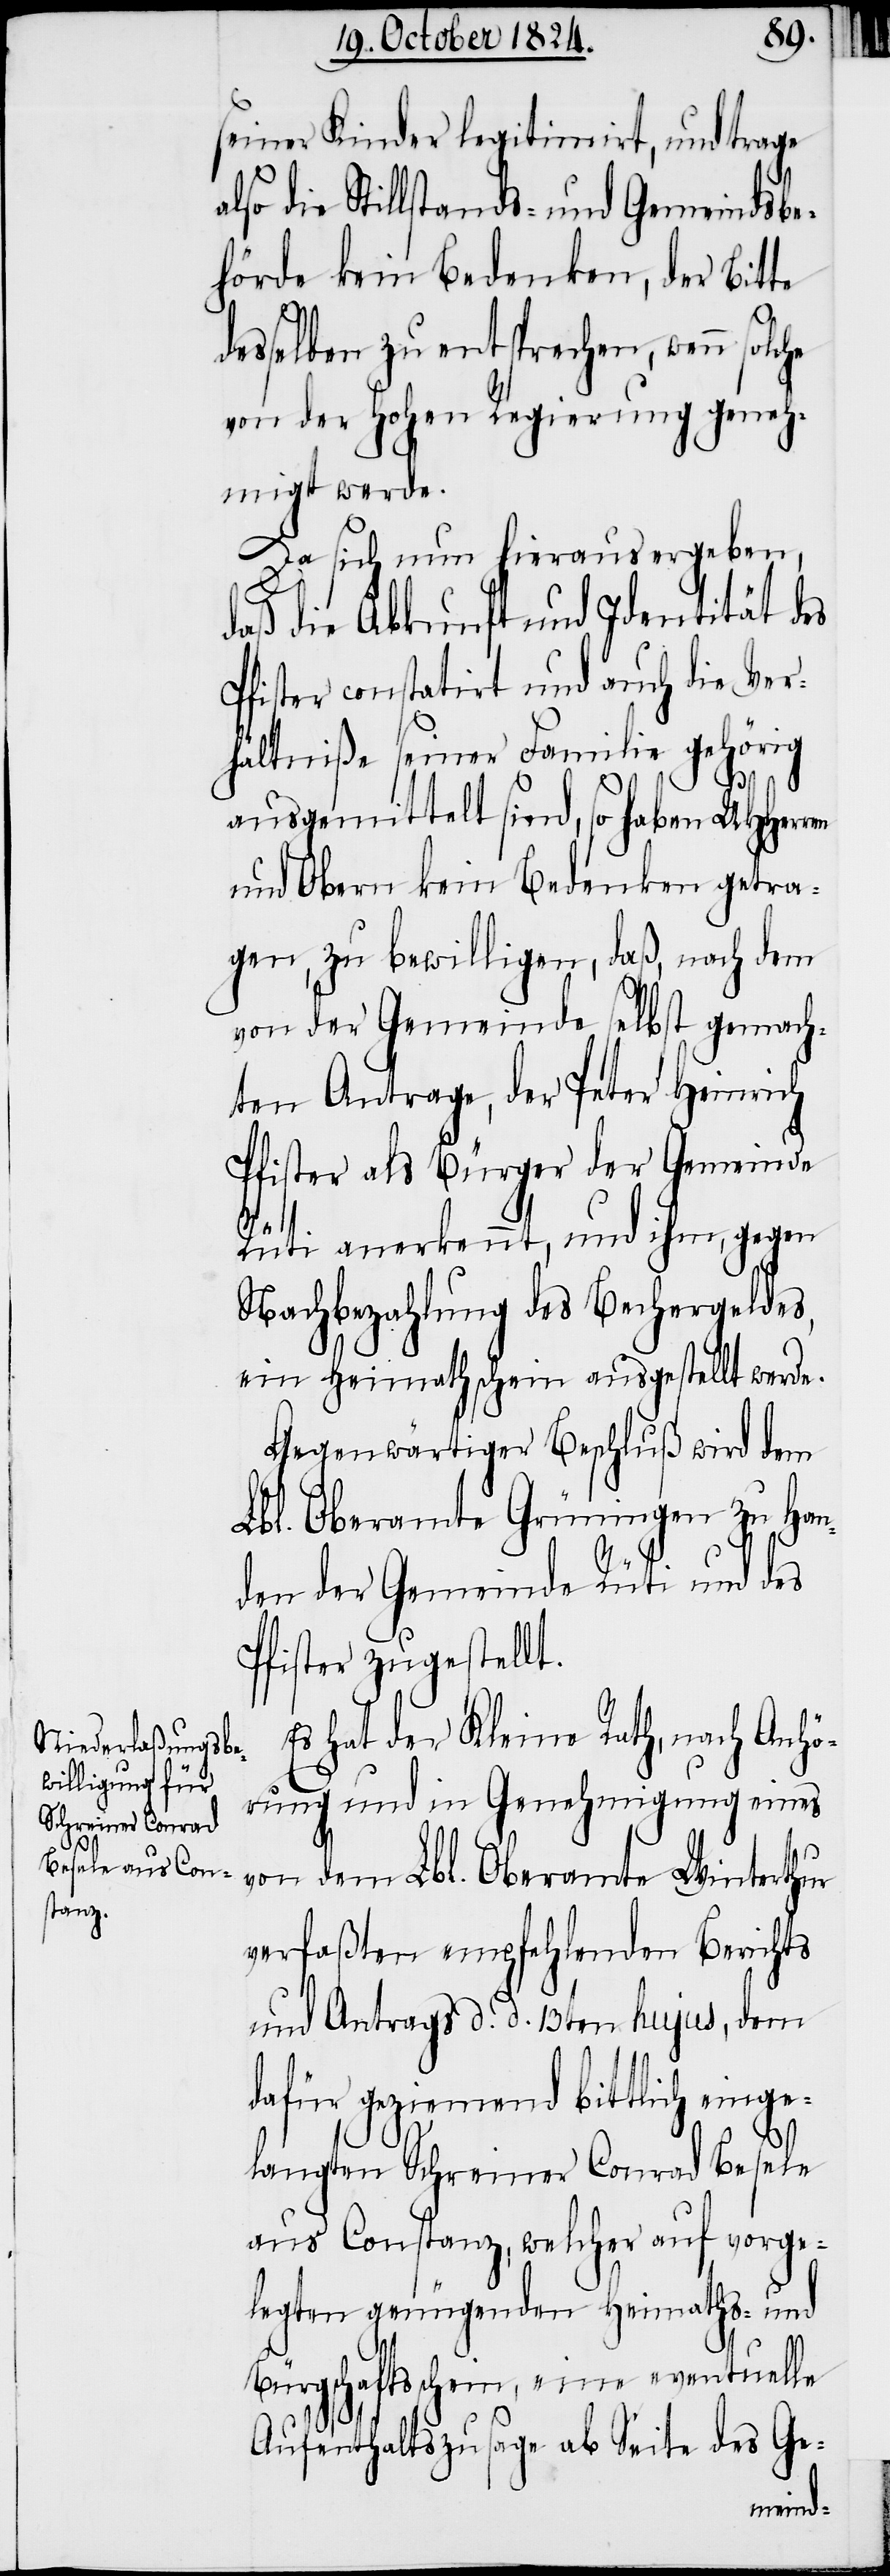
seiner Kinder legitimirt, und trage
lso die Stillstands- und Gemeindsbe¬
hörde kein Bedenken, der Bitte
desselben zu entsprechen, wenn solc¬
von der Hohen Regierung geneh¬
migt werde.
Da sich nun hieraus ergeben,
daß die Abkunft und Identität des
Pfister constatirt und auch die Ver¬
hältniße seiner Familie gehörig
ausgemittelt sind, so haben UHHerren
und Obern kein Bedenken getra¬
gen, zu bewilligen, daß, nach dem
von der Gemeinde selbst gemach¬
ten Antrage, der Peter Heinrich
Pfister als Bürger der Gemeinde
Rüti anerkennt, und ihm, gegen
Nachbezahlung des Bechergeldes,
ein Heimathschein ausgestellt werde.
Gegenwärtiger Beschluß wird dem
Lbl. Oberamte Grüningen zu Han¬
den der Gemeinde Rüti und des
Pfister zugestellt.
Es hat der Kleine Rath, nach Anhö¬
rung und in Genehmigung eine¬
he
s von dem Lbl. Oberamte Winterthur
verfaßten empfehlenden Berichts
und Antrags d. d. 13ten hujus, dem
dafür geziemend bittlich einge¬
langten Schreiner Conrad Besele
aus Constanz, welcher auf vorge¬
legten genügenden Heimaths- und
Bürgschaftsschein, eine eventuelle
Aufenthaltszusage ab Seite des Ge-